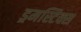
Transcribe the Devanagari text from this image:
ड्रमस्टिक्स